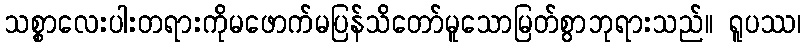
သစ္စာလေးပါးတရားကိုမဖောက်မပြန်သိတော်မူသောမြတ်စွာဘုရားသည်။ ရူပဿ၊